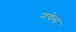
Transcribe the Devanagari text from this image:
नयेस